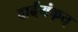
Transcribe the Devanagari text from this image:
दार्ढ्‌यंकृत्